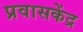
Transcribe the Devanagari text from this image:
प्रवासकेंद्र